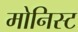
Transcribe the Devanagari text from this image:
मोनिस्ट